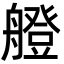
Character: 艠